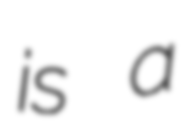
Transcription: is a